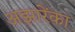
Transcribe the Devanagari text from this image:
अझारेंका